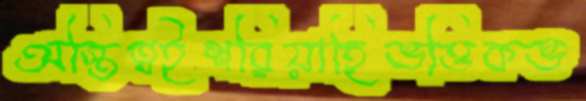
অস্তিত্বইশরিয়াহিভত্তিকভ